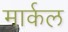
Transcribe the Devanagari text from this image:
मार्कल